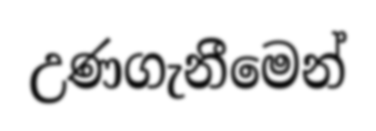
උණගැනීමෙන්